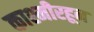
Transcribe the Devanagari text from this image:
काश्मीरहून